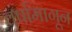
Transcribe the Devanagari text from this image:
वर्षामागून